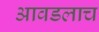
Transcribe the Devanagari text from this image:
आवडलाच